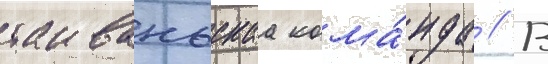
таиваньскаа кома́нда // В